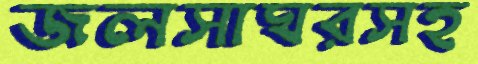
জলসাঘরসহ